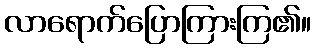
လာရောက်ပြောကြားကြ၏။